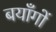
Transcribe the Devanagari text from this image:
बयाँगों